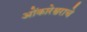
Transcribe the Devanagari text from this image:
ओंकारेश्वराचे